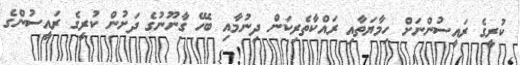
ކުރީގެ ރައީސުންނަށް ހިމާޔަތާއި ރައްކާތެރިކަން ދިނުމާއި ބެހޭ ގާނޫނުގެ ދަށުން ކުރީގެ ރައީސުންގެ